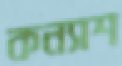
কন্যাশ